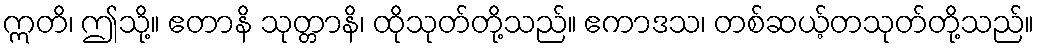
ဣတိ၊ ဤသို့။ ဧတာနိ သုတ္တာနိ၊ ထိုသုတ်တို့သည်။ ဧကာဒသ၊ တစ်ဆယ့်တသုတ်တို့သည်။